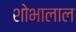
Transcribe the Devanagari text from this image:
शोभालाल